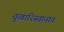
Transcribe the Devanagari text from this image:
तुखारिस्तानात